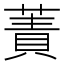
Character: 蔶